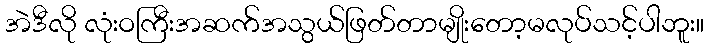
အဲဒီလို လုံးဝကြီးအဆက်အသွယ်ဖြတ်တာမျိုးတော့မလုပ်သင့်ပါဘူး။